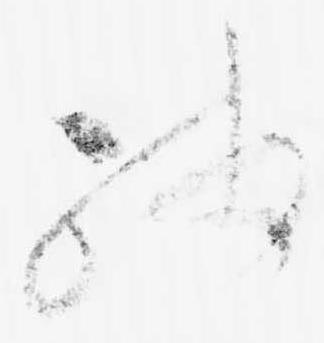
残